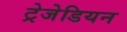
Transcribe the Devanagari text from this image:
ट्रेजेडियन